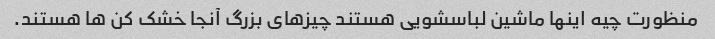
منظورت چیه اینها ماشین لباسشویی هستند چیزهای بزرگ آنجا خشک کن ها هستند.